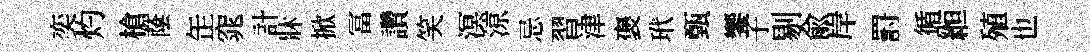
奕灼槍䕃𦈢窕計牀掀冨讚笑溟鿌忌習津褒玳甄饗子剔俞岸罸循縆殖也